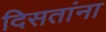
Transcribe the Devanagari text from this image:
दिसतांना